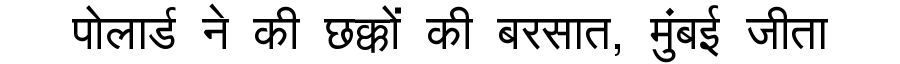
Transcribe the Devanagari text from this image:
पोलार्ड ने की छक्कों की बरसात, मुंबई जीता